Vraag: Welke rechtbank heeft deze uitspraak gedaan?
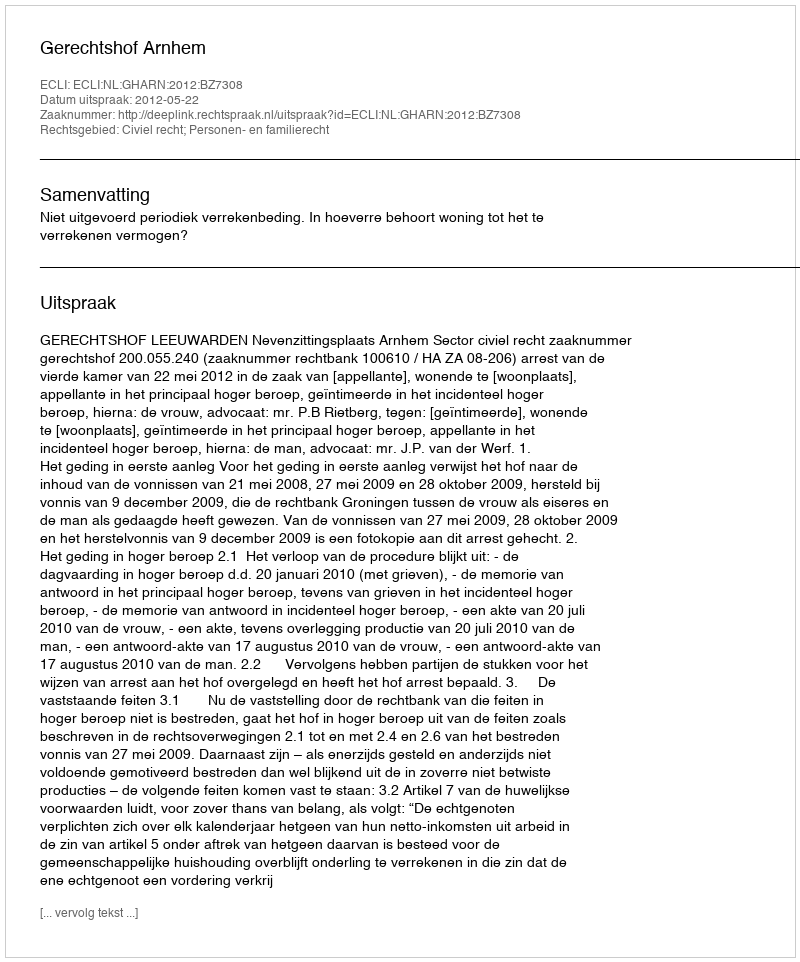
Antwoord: Gerechtshof Arnhem